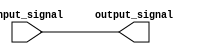
module ttl_buffer (
    input wire input_signal,
    output reg output_signal
);

// Logic gates to ensure appropriate TTL voltage levels
assign output_signal = input_signal;

endmodule